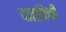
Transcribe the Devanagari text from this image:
दातांपैकी